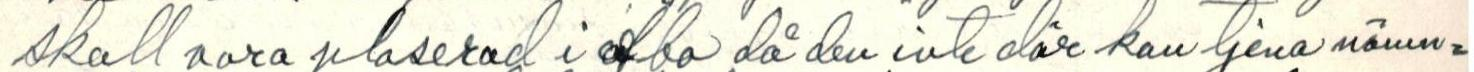
skall vara plaserad i Åbo då den inte där kan tjena nämn=